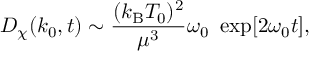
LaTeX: D _ { \chi } ( k _ { 0 } , t ) \sim { \frac { ( k _ { \mathrm { B } } T _ { 0 } ) ^ { 2 } } { \mu ^ { 3 } } } \omega _ { 0 } ~ \exp [ 2 \omega _ { 0 } t ] ,